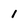
Character: I